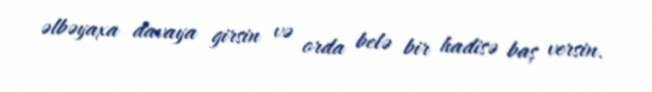
əlbəyaxa davaya girsin və orda belə bir hadisə baş versin.